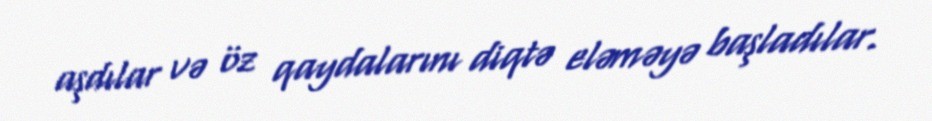
aşdılar və öz qaydalarını diqtə eləməyə başladılar.